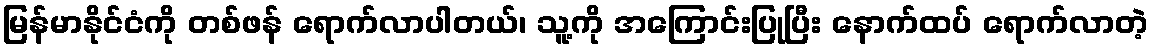
မြန်မာနိုင်ငံကို တစ်ဖန် ရောက်လာပါတယ်၊ သူ့ကို အကြောင်းပြုပြီး နောက်ထပ် ရောက်လာတဲ့